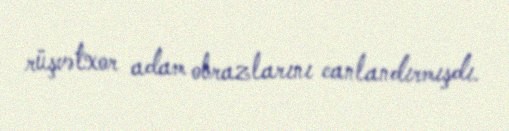
rüşvətxor adam obrazlarını canlandırmışdı.